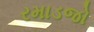
રમાડજો